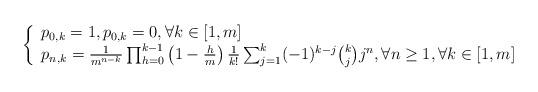
LaTeX: \begin{align*}\left\{\begin{array}{ll}p_{0,k}=1,p_{0,k}=0,\forall k\in[1,m]\\p_{n,k}=\frac{1}{m^{n-k}}\prod_{h=0}^{k-1}\left(1-\frac{h}{m}\right)\frac{1}{k!}\sum_{j=1}^{k}(-1)^{k-j}\binom{k}{j}j^{n},\forall n\geq 1,\forall k\in[1,m]\\\end{array}\right.\end{align*}